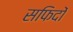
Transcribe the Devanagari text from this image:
सफिदों